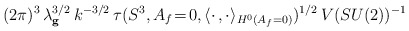
\begin{align*}(2\pi)^3\,\lambda_{\bf g}^{3/2}\,k^{-3/2}\,\tau(S^3,A_f\!=\!0,\langle\cdot\,,\cdot\rangle_{H^0(A_f=0)})^{1/2}\,V(SU(2))^{-1} \end{align*}